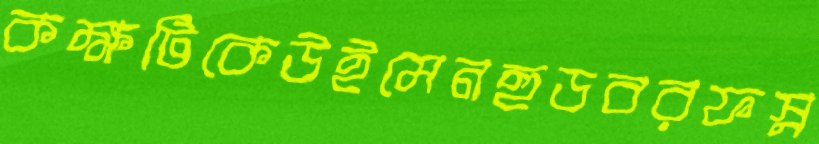
কক্ষটিকেউইমেনহুডবরফস্ন